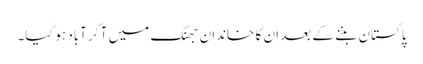
پاکستان بننے کے بعد ان کا خاندان جھنگ میں آ کر آباد ہو گیا۔